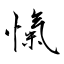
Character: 愾